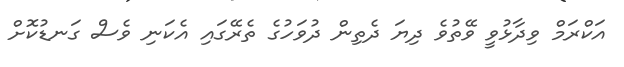
އަކްރަމް ވިދާޅުވީ ވޭތުވެ ދިޔަ ދެތިން ދުވަހުގެ ތެރޭގައި އެކަނި ވެސް ގަނޑުކޮށް